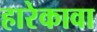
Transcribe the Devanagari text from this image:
हारेकावा